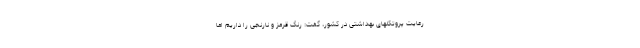
رعایت پروتکلهای بهداشتی در کشور، گفت: رنگ قرمز و نارنجی را داریم اما